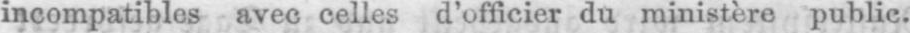
incompatibles avec celles d’officier du ministère public.